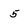
Character: 5